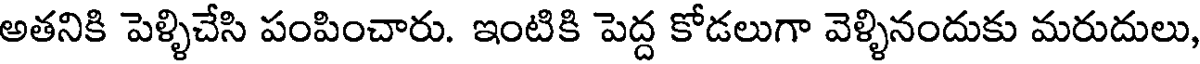
అతనికి పెళ్ళిచేసి పంపించారు. ఇంటికి పెద్ద కోడలుగా వెళ్ళినందుకు మరుదులు,